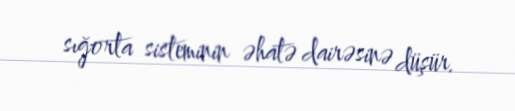
sığorta sisteminin əhatə dairəsinə düşür.